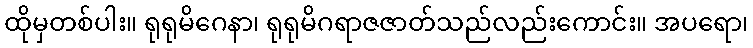
ထိုမှတစ်ပါး။ ရုရုမိဂေနာ၊ ရုရုမိဂရာဇဇာတ်သည်လည်းကောင်း။ အပရော၊